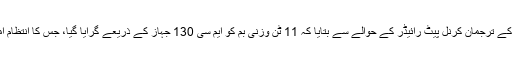
خبر رساں ادارے نے امریکی ایئر فورس کے ترجمان کرنل پیٹ رائیڈر کے حوالے سے بتایا کہ 11 ٹن وزنی بم کو ایم سی 130 جہاز کے ذریعے گرایا گیا، جس کا انتظام امریکی فضائیہ کے اہلکاروں کے پاس تھا۔